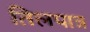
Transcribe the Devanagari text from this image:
तिलपात्र